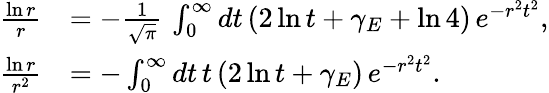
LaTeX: \begin{array}{rl}{\frac{\ln r}{r}}&{=-\frac{1}{\sqrt{\pi}}\, \int_{0}^{\infty}dt\, (2\ln t+\gamma_{E}+\ln 4)\, e^{-r^{2}t^{2}},}\\ {\frac{\ln r}{r^{2}}}&{=-\int_{0}^{\infty}dt\, t\, (2\ln t+\gamma_{E})\, e^{-r^{2}t^{2}}.}\end{array}